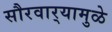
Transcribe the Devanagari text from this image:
सौरवार्‍यामुळे